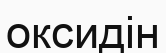
оксидін